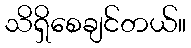
သိရှိစေချင်တယ်။